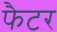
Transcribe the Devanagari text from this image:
फैटर